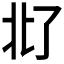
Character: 𪜜